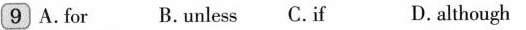
9 A.for B.unless C.if D.although